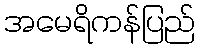
အမေရိကန်ပြည်